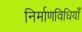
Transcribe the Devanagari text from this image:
निर्माणविधियाँ